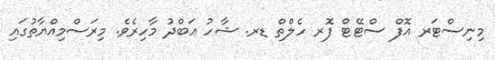
މިނިސްޓަރ އޮފް ސްޓޭޓް ފޮރ ހެލްތް ޑރ. ޝާހު ޢަބްދު މާހިރެވެ. މިރަސްމިއްޔާތުގައި